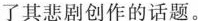
了其悲剧创作的话题。